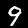
Label: 9